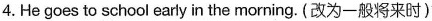
4.He goes to school early in the morning. (改为一般将来时)